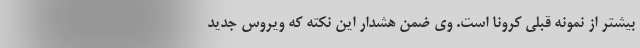
بیشتر از نمونه قبلی کرونا است. وی ضمن هشدار این نکته که ویروس جدید